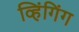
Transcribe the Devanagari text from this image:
व्हिंगिंग